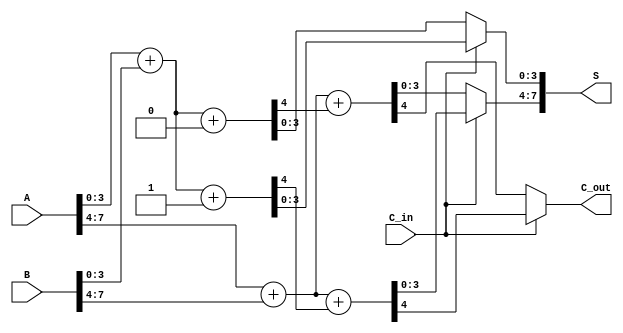
module CarrySelectAdder (
    input [7:0] A,         // 8-bit input A
    input [7:0] B,         // 8-bit input B
    input C_in,            // Carry-in
    output [7:0] S,        // 8-bit sum output
    output C_out           // Carry-out
);

    // Internal signals for first block (lower 4 bits)
    wire [3:0] S0_0, S0_1; // Sums for C_in = 0 and C_in = 1
    wire C_out_0, C_out_1; // Carry-outs for C_in = 0 and C_in = 1

    // Internal signals for second block (upper 4 bits)
    wire [3:0] S1_0, S1_1; // Sums for C_in = 0 and C_in = 1
    wire C_out_2, C_out_3; // Carry-outs for C_in = 0 and C_in = 1

    // First block (lower 4 bits)
    // Adder for C_in = 0
    assign {C_out_0, S0_0} = A[3:0] + B[3:0] + 0;
    // Adder for C_in = 1
    assign {C_out_1, S0_1} = A[3:0] + B[3:0] + 1;

    // Second block (upper 4 bits)
    // Adder for C_in = 0
    assign {C_out_2, S1_0} = A[7:4] + B[7:4] + C_out_0;
    // Adder for C_in = 1
    assign {C_out_3, S1_1} = A[7:4] + B[7:4] + C_out_1;

    // Select the final sum and carry-out based on C_in
    assign S[3:0] = (C_in) ? S0_1 : S0_0; // Select lower 4 bits
    assign S[7:4] = (C_in) ? S1_1 : S1_0; // Select upper 4 bits
    assign C_out = (C_in) ? C_out_3 : C_out_2; // Select carry-out

endmodule